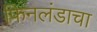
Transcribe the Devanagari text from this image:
फिनलंडाचा